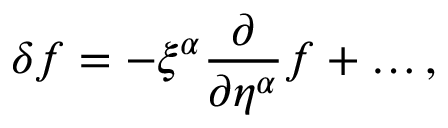
\delta f = - \xi ^ { \alpha } \frac { \partial } { \partial \eta ^ { \alpha } } f + \ldots ,